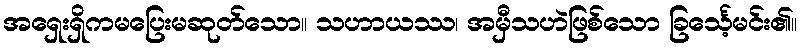
အရှေးရှိကမပြေးမဆုတ်သော။ သဟာယဿ၊ အမှီသဟဲဖြစ်သော ခြင်္သေ့မင်း၏။